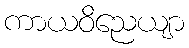
ကာယဝိညေယျာ